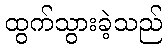
ထွက်သွားခဲ့သည်